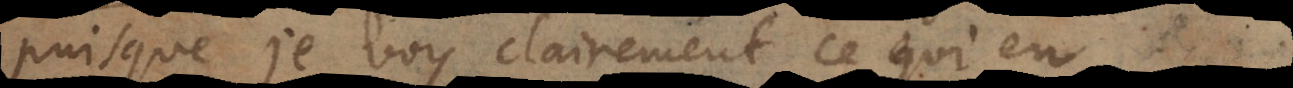
puisque je voy clairement ce qui en